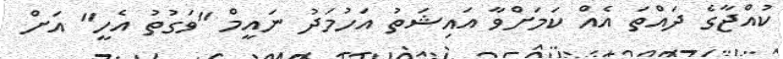
ކުއްޖާގެ ދައްތަ އެއް ކަމަށްވާ އައިޝަތު އަހުމަދު ނައީމް "ވަގުތު އެހީ" އަށް